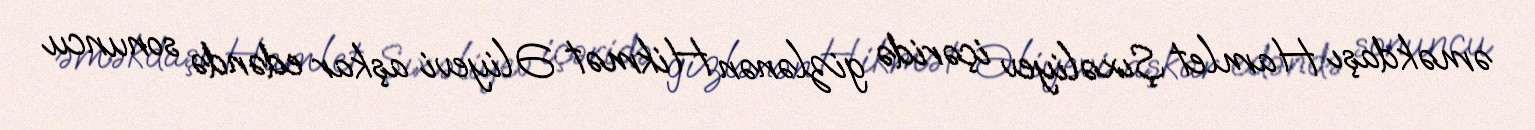
əməkdaşı Hamlet Şıxəliyev içəridə gizlənən Hikmət Əliyevi aşkar edəndə sonuncu